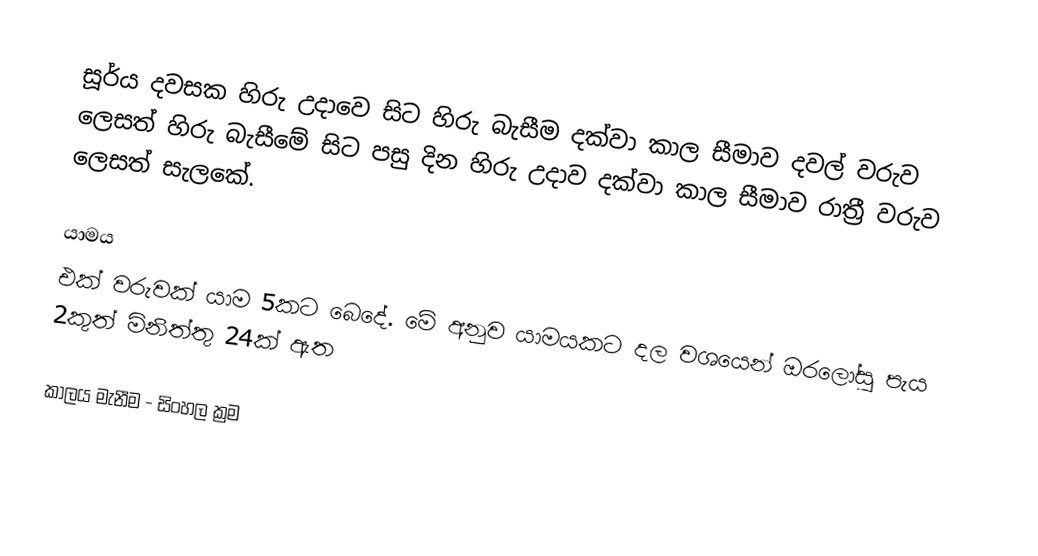
සූර්ය දවසක හිරු උදාවෙ සිට හිරු බැසීම දක්වා කාල සීමාව දවල් වරුව ලෙසත් හිරු බැසීමේ සිට පසු දින හිරු උදාව දක්වා කාල සීමාව රාත්‍රී වරුව ලෙසත් සැලකේ.

යාමය
එක් වරුවක් යාම 5කට බෙදේ. මේ අනුව යාමයකට දල වශයෙන් ඔරලෝසු පැය 2කුත් මිනිත්තු 24ක් ඇත

කාලය මැනීම - සිංහල ක්‍රම